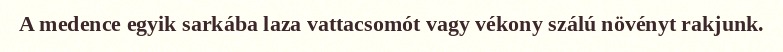
A medence egyik sarkába laza vattacsomót vagy vékony szálú növényt rakjunk.